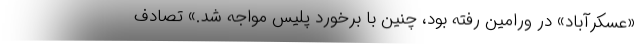
«عسکرآباد» در ورامین رفته بود، چنین با برخورد پلیس مواجه شد.» تصادف